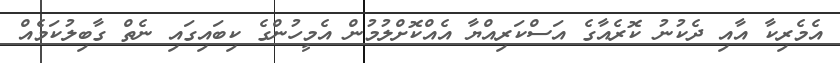
އެމެރިކާ އާއި ދެކުނު ކޮރެއާގެ އަސްކަރިއްޔާ އެއްކޮށްލުމުން އެމީހުންގެ ކިބައިގައި ނެތް ގާބިލުކަމެއް